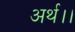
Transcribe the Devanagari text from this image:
अर्थ।।